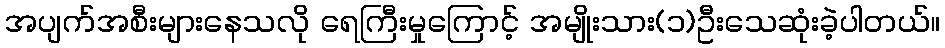
အပျက်အစီးများနေသလို ရေကြီးမှုကြောင့် အမျိုးသား(၁)ဦးသေဆုံးခဲ့ပါတယ်။